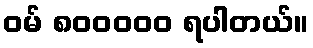
ဝမ် ၈၀၀၀၀၀ ရပါတယ်။